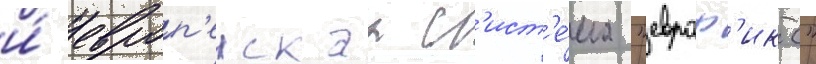
и́ европ'еискаа с'ист'е́ма "евроф'икс"